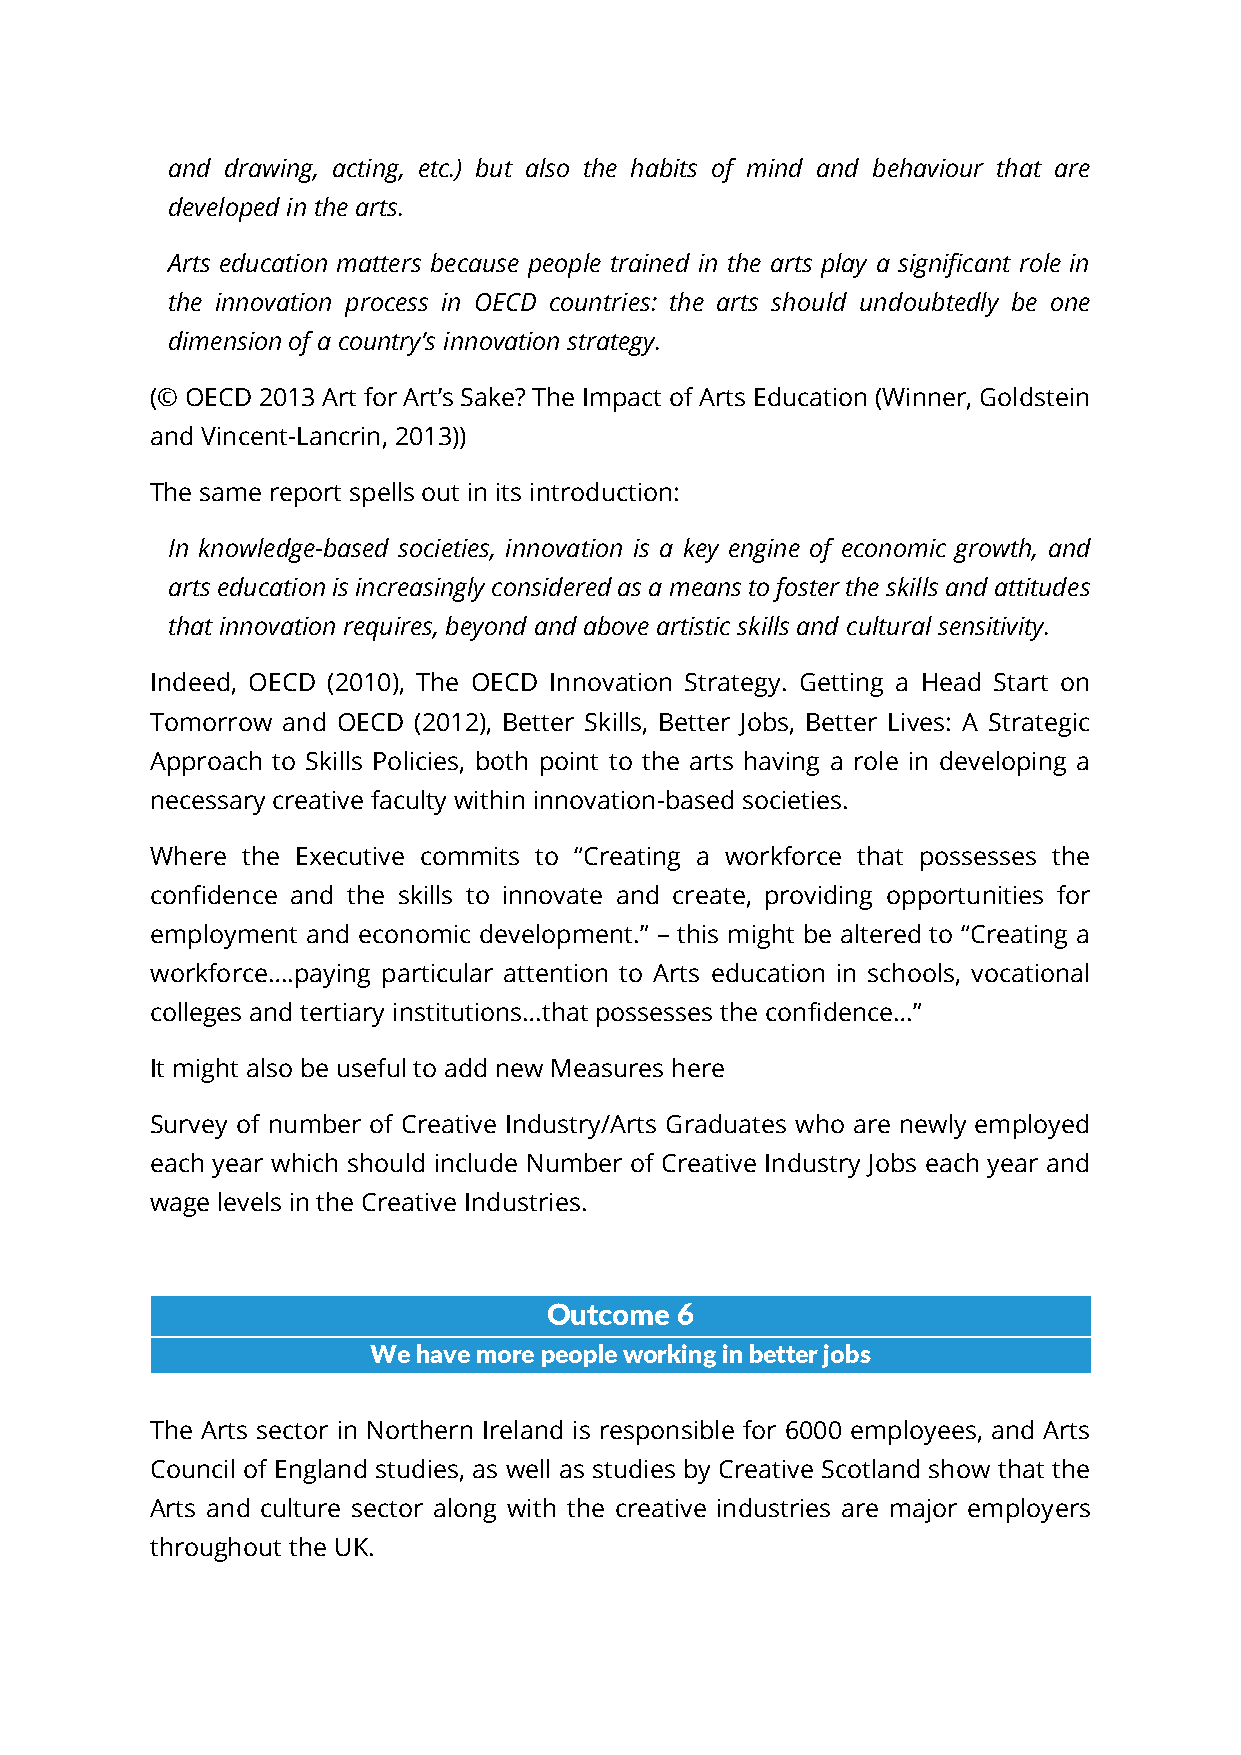
and drawing, acting, etc.) but also the habits of mind and behaviour that are
 developed in the arts.
 Arts education matters because people trained in the arts play a significant role in
 the innovation process in OECD countries: the arts should undoubtedly be one
 dimension of a country’s innovation strategy.
 (© OECD 2013 Art for Art’s Sake? The Impact of Arts Education (Winner, Goldstein
 and Vincent-Lancrin, 2013))
 The same report spells out in its introduction:
 In knowledge-based societies, innovation is a key engine of economic growth, and
 arts education is increasingly considered as a means to foster the skills and attitudes
 that innovation requires, beyond and above artistic skills and cultural sensitivity.
 Indeed, OECD (2010), The OECD Innovation Strategy. Getting a Head Start on
 Tomorrow and OECD (2012), Better Skills, Better Jobs, Better Lives: A Strategic
 Approach to Skills Policies, both point to the arts having a role in developing a
 necessary creative faculty within innovation-based societies.
 Where the Executive commits to “Creating a workforce that possesses the
 confidence and the skills to innovate and create, providing opportunities for
 employment and economic development.” – this might be altered to “Creating a
 workforce….paying particular attention to Arts education in schools, vocational
 colleges and tertiary institutions…that possesses the confidence…”
 It might also be useful to add new Measures here
 Survey of number of Creative Industry/Arts Graduates who are newly employed
 each year which should include Number of Creative Industry Jobs each year and
 wage levels in the Creative Industries.
 Outcome  6
 We  have more people working in better jobs
 The Arts sector in Northern Ireland is responsible for 6000 employees, and Arts
 Council of England studies, as well as studies by Creative Scotland show that the
 Arts and culture sector along with the creative industries are major employers
 throughout the UK.